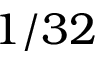
1 / 3 2